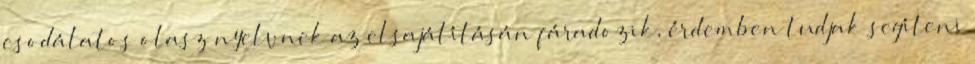
csodálatos olasz nyelvnek az elsajátításán fáradozik, érdemben tudjak segíteni